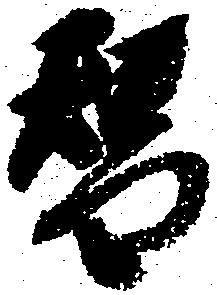
替